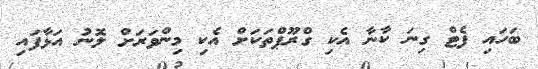
ބަހައި ފެޓް ގިނަ ކާނާ އެކި ގްރޫޕްތަކަށް އެކި މިންވަރަށް ލޮނު އަޅާފައި